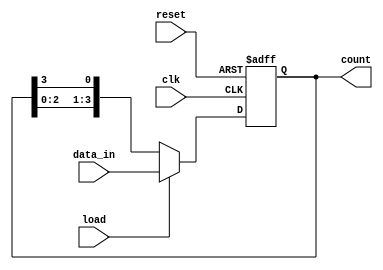
module LoadableRingCounter #(
    parameter N = 4  // Number of bits (flip-flops)
)(
    input wire clk,         // Clock signal
    input wire reset,       // Asynchronous reset signal
    input wire load,        // Load control signal
    input wire [N-1:0] data_in, // Input data for loading
    output reg [N-1:0] count // Current count value
);

    // Internal signals
    reg [N-1:0] next_count;

    // Always block for synchronous behavior
    always @(posedge clk or posedge reset) begin
        if (reset) begin
            // Asynchronous reset
            count <= {N{1'b0}}; // Initialize to 0
        end else if (load) begin
            // Load the data input
            count <= data_in; 
        end else begin
            // Shift right and wrap around to create a ring counter
            next_count = {count[N-2:0], count[N-1]};
            count <= next_count;
        end
    end

endmodule